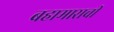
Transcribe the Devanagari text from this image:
बहामासची